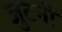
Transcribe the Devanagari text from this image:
जुटनी